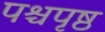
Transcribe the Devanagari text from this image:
पश्चपृष्ठ